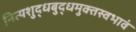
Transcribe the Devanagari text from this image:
नित्यशुद्धबुद्धमुक्तस्वभावं